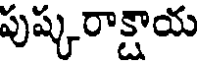
పుష్కరాక్షాయ